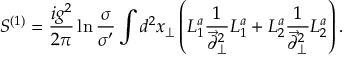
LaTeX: S ^ { ( 1 ) } = { \frac { i g ^ { 2 } } { 2 \pi } } \ln { \frac { \sigma } { \sigma ^ { \prime } } } \int d ^ { 2 } x _ { \perp } \left( L _ { 1 } ^ { a } { \frac { 1 } { \vec { \partial } _ { \perp } ^ { 2 } } } L _ { 1 } ^ { a } + L _ { 2 } ^ { a } { \frac { 1 } { \vec { \partial } _ { \perp } ^ { 2 } } } L _ { 2 } ^ { a } \right) .